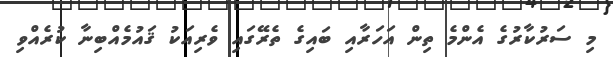
މި ސަރުކާރުގެ އެންމެ ތިން އަހަރާއި ބައިގެ ތެރޭގައި ވެރިއަކު ޤައުމެއްބިނާ ކުރެއްވި